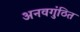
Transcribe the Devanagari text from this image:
अनवगुंठित